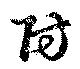
防